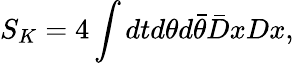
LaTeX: S_{K}=4\int dtd\theta d\bar{\theta}\bar{D}xDx,